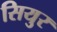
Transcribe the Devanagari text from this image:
सियुर